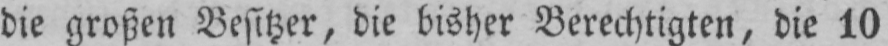
die großen Besitzer, die bisher Berechtigten, die 10